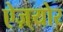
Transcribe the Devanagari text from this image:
ऐज़्योर